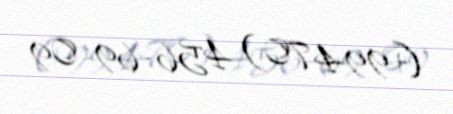
(+994 70) 456-69-09